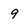
Character: 9